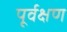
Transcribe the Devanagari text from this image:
पूर्वक्षण